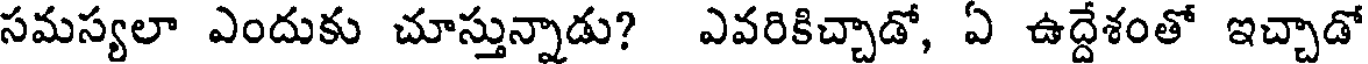
సమస్యలా ఎందుకు చూస్తున్నాడు? ఎవరికిచ్చాడో, ఏ ఉద్దేశంతో ఇచ్చాడో